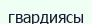
гвардиясы